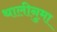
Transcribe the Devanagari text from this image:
थालीनुमा